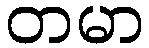
တမာ